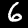
Digit: 6